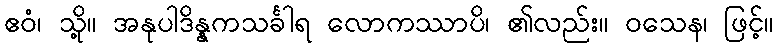
ဧဝံ၊ သို့။ အနုပါဒိန္နကသင်္ခါရ လောကဿာပိ၊ ၏လည်း။ ဝသေန၊ ဖြင့်။